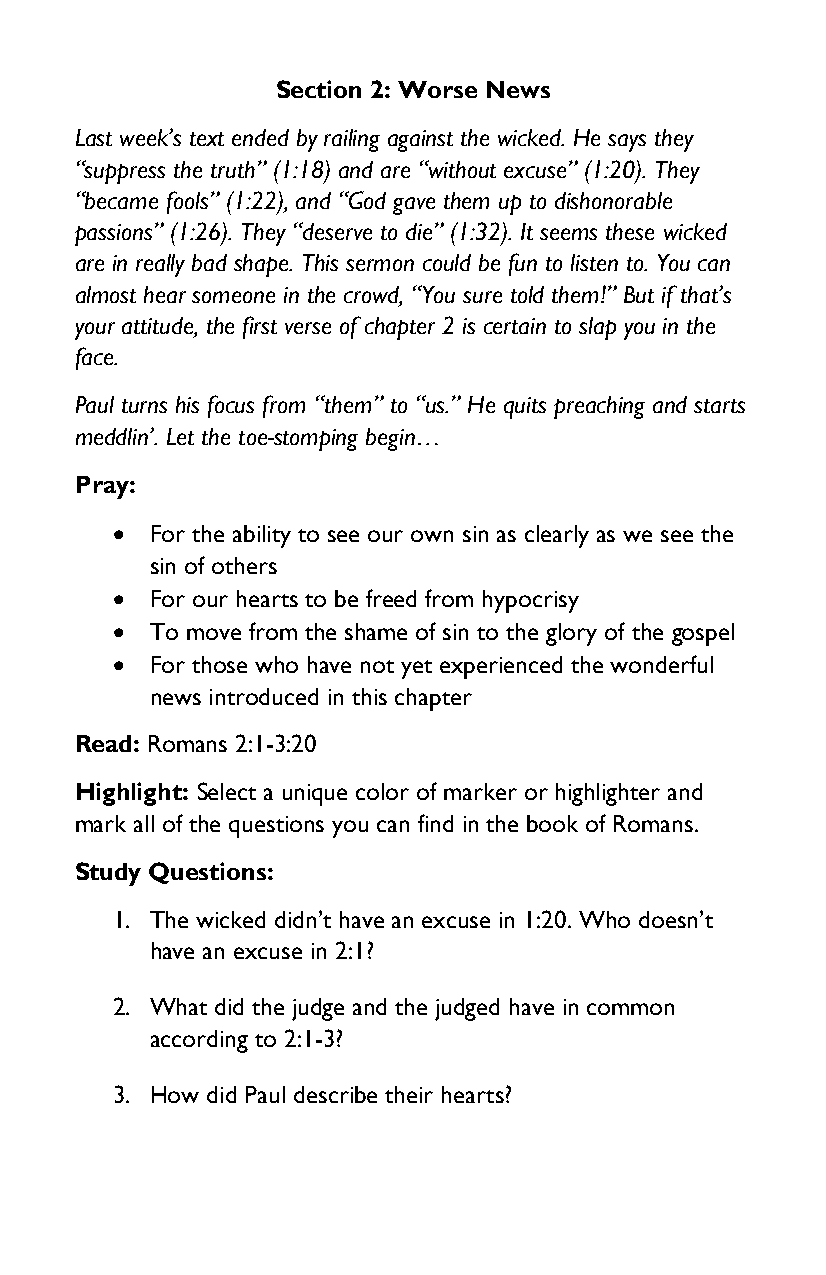
Section 2: Worse News
 Last week’s text ended by railing against the wicked. He says they
 “suppress the truth” (1:18) and are “without excuse” (1:20). They
 “became fools” (1:22), and “God gave them up to dishonorable
 passions” (1:26). They “deserve to die” (1:32). It seems these wicked
 are in really bad shape. This sermon could be fun to listen to. You can
 almost hear someone in the crowd, “You sure told them!” But if that’s
 your attitude, the first verse of chapter 2 is certain to slap you in the
 face.
 Paul turns his focus from “them” to “us.” He quits preaching and starts
 meddlin’. Let the toe-stomping begin…
 Pray:
 •  For the ability to see our own sin as clearly as we see the
 sin of others
 •  For our hearts to be freed from hypocrisy
 •  To move from the shame of sin to the glory of the gospel
 •  For those who have not yet experienced the wonderful
 news introduced in this chapter
 Read: Romans 2:1-3:20
 Highlight: Select a unique color of marker or highlighter and
 mark all of the questions you can find in the book of Romans.
 Study Questions:
 1. The wicked didn’t have an excuse in 1:20. Who doesn’t
 have an excuse in 2:1?
 2. What did the judge and the judged have in common
 according to 2:1-3?
 3. How did Paul describe their hearts?